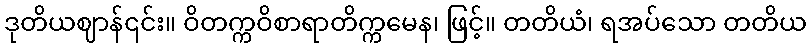
ဒုတိယဈာန်၎င်း။ ဝိတက္ကဝိစာရာတိက္ကမေန၊ ဖြင့်။ တတိယံ၊ ရအပ်သော တတိယ